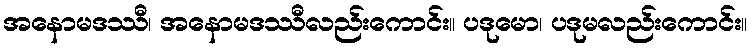
အနောမဒဿီ၊ အနောမဒဿီလည်းကောင်း။ ပဒုမော၊ ပဒုမလည်းကောင်း။